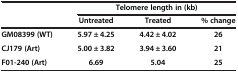
|  | <COLSPAN=3> Telomere length in (kb) |
 |  | Untreated | Treated | % change |
 | --- | --- | --- | --- |
 | GM08399 (WT) | 5.97 ± 4.25 | 4.42 ± 4.02 | 26 |
 | CJ179 (Art) | 5.00 ± 3.82 | 3.94 ± 3.60 | 21 |
 | F01-240 (Art) | 6.69 | 5.04 | 25 |